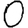
Digit: 0